Vabadussoja_Ajaloo_Komitee, lk 42
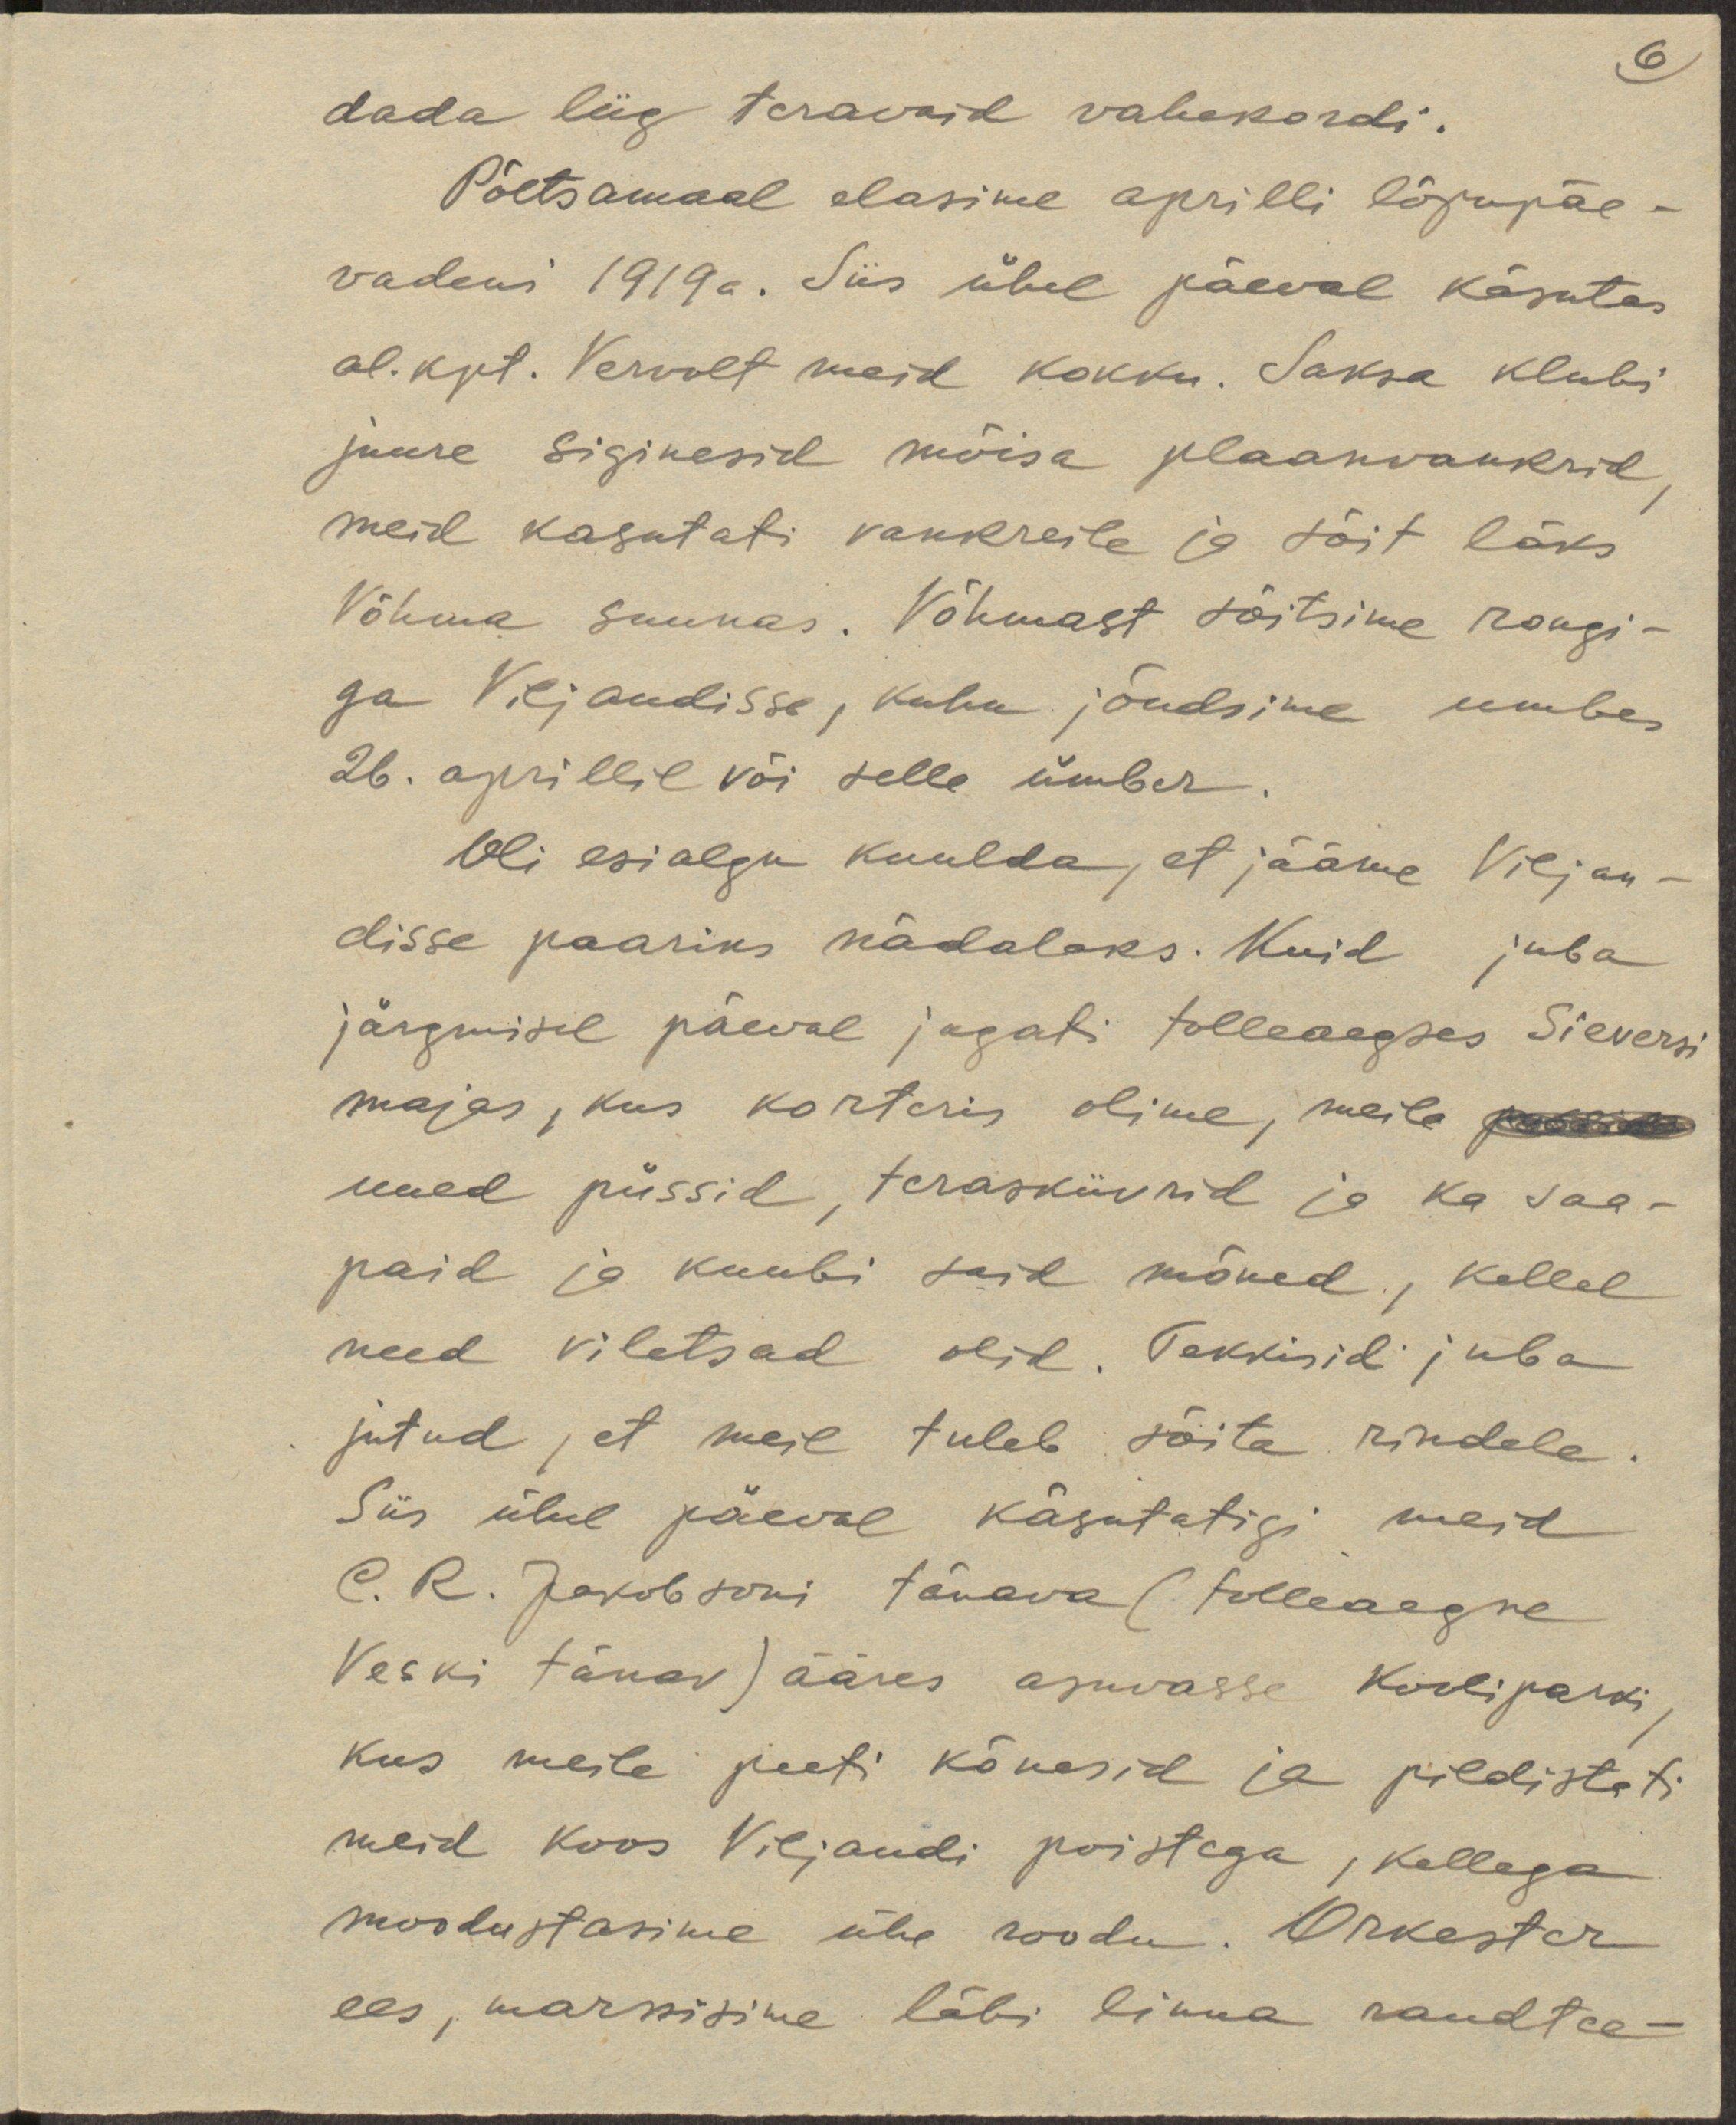
6
dada liig teravaid vahekordi.
Põltsamaal elasime aprilli lõpupäe-
vadeni 1919a. Siis ühel päeval käsutas
al.kpt. Vervolt meid kokku. Saksa klubi
juure siginesid mõisa plaanvankrid,
meid kasutati vankreile ja sõit läks
Võhma suunas. Võhmast sõitsime rongi-
ga Viljandisse, kuhu jõudsime umbes
26. aprillil või selle ümber.
Oli esialgu kuulda, et jääme Viljan-
disse paariks nädalaks. Kuid juba
järgmisel päeval jagati tolleaegses Sieversi
majas, kus korteris olime, meile
uued püssid, teraskiivrid ja ka saa-
paid ja kuubi said mõned, kellel
need viletsad olid. Tekkisid juba
jutud, et meil tuleb sõita rindele.
Siis ühel päeval käsutatigi meid
C. R. Jakobsoni tänava (tolleaegne
Veski tänav) ääres asuvasse kooliparki,
kus meile peeti kõnesid ja pildistati
meid koos Viljandi poistega, kellega
moodustasime ühe roodu. Orkester
ees, marssisime läbi linna raudtee-